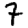
Digit: 7